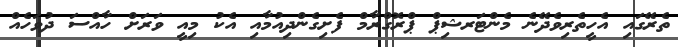
ތެރޭގައި އެހީތެރިވެދޭނެ މެންޓަރޝިޕް ޕްރޮގްރާމް ފެށިގެންދިއުމާއި އެކު މިއީ ވަރަށް ހާއްސަ ދުވަހެއް